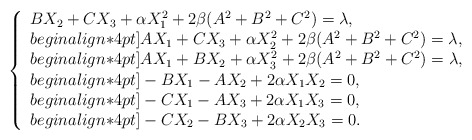
\begin{align*}\left\{\begin{array}{l}B X_2+C X_3 +\alpha X_1^2+2\beta (A^2+B^2+C^2)=\lambda, \\begin{align*}4pt]A X_1+C X_3 +\alpha X_2^2+2\beta (A^2+B^2+C^2)=\lambda, \\begin{align*}4pt]A X_1 +B X_2+\alpha X_3^2+2\beta (A^2+B^2+C^2)=\lambda, \\begin{align*}4pt]-B X_1-A X_2 +2\alpha X_1X_2 =0, \\begin{align*}4pt]-C X_1-A X_3+2\alpha X_1X_3 =0, \\begin{align*}4pt]-C X_2-B X_3+2\alpha X_2X_3 =0.\end{array}\right.\end{align*}